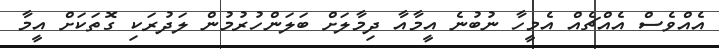
އެއްވެސް އެއްޗެއް އެމީހާ ނުބުނެ އީމާއާ ދިމާލަށް ބަލަންހުރުމުން ލަދުރަކި ގޮތަކަށް އީމާ